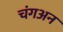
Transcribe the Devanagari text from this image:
चंगअन